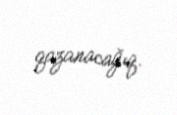
qazanacağıq.